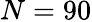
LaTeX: N=90